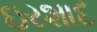
ઇરશાદ